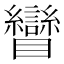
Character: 矕